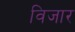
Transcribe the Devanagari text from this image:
विजार